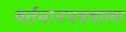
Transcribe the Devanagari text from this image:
वर्तमानपत्रवाला